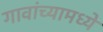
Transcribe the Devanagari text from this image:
गावांच्यामध्ये